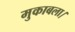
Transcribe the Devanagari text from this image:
मुकाबला।